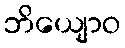
ဘိယျောဝ